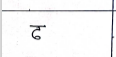
मजकूर: ढ